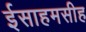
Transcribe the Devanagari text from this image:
ईसाहमसीह